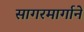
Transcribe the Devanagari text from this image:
सागरमार्गाने